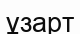
ұзарт